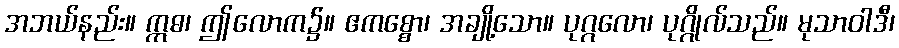
အဘယ်နည်း။ ဣဓ၊ ဤလောက၌။ ဧကစ္စော၊ အချို့သော။ ပုဂ္ဂလော၊ ပုဂ္ဂိုလ်သည်။ မုသာဝါဒီ၊